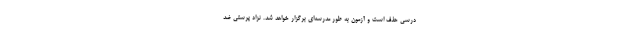
درسی حذف است و آزمون به طور مدرسه‌ای برگزار خواهد شد. نزاد پرستی ضد